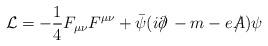
LaTeX: \begin{align*}{\cal L} = -\frac{1}{4} F_{\mu\nu}F^{\mu\nu} + \bar \psi (i\partial\!\!\!/\, -m- eA \!\!\!\!/\,)\psi \end{align*}